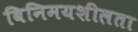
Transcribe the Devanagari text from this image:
विनिमयशीलता